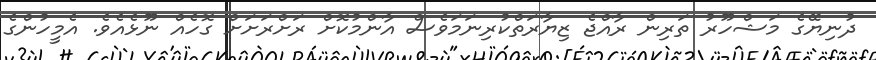
ދުނިޔޭގެ މަޝްހޫރު ތަރިން ރާއްޖެ ޒިޔާރަތްކުރިނަމަވެސް އާންމުކޮށް ރަށްރަށަށް ގޮހެއް ނޫޅެއެވެ. އެމީހުންގެ